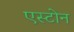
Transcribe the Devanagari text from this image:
एस्टोन